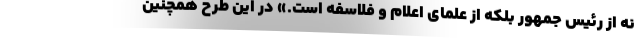
نه از رئیس جمهور بلکه از علمای اعلام و فلاسفه است.» در این طرح همچنین